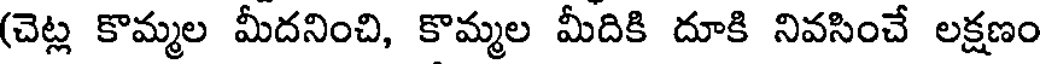
(చెట్ల కొమ్మల మీదనించి, కొమ్మల మీదికి దూకి నివసించే లక్షణం